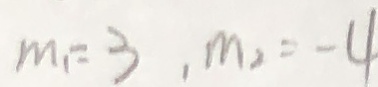
m _ { 1 } = 3 , m _ { 2 } = - 4